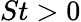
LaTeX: St>0